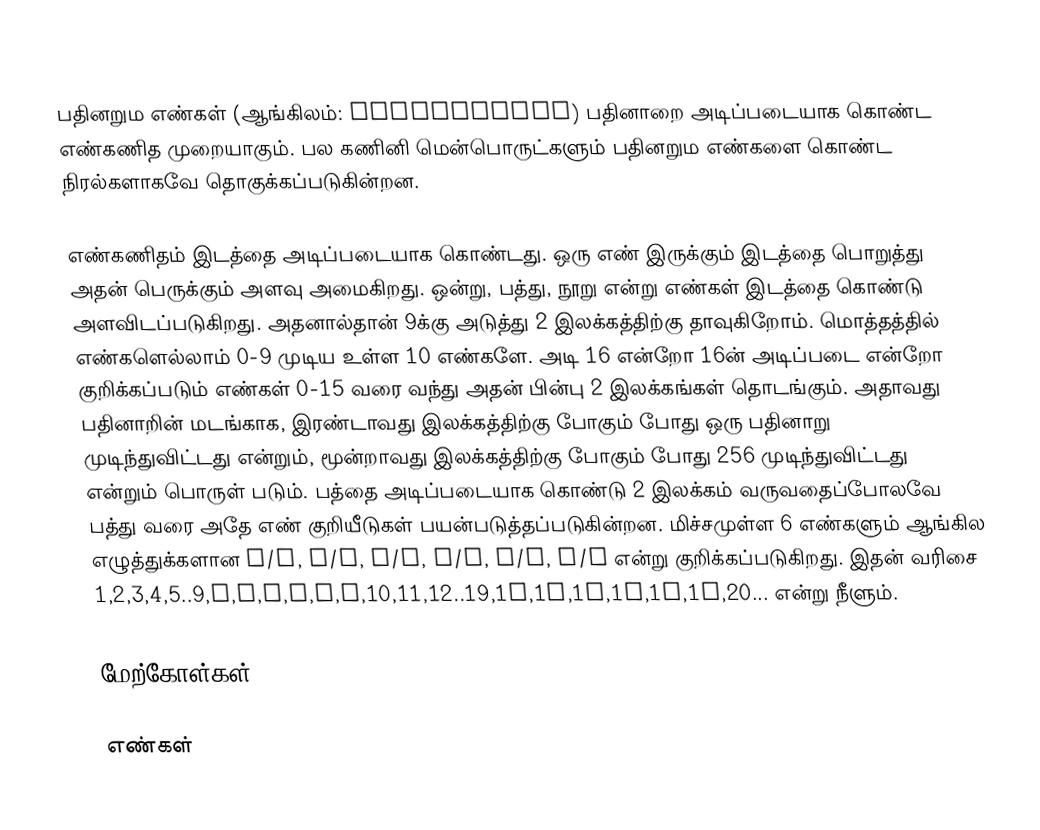
பதினறும எண்கள் (ஆங்கிலம்: Hexadecimal) பதினாறை அடிப்படையாக கொண்ட எண்கணித முறையாகும். பல கணினி மென்பொருட்களும் பதினறும எண்களை கொண்ட நிரல்களாகவே தொகுக்கப்படுகின்றன.

எண்கணிதம் இடத்தை அடிப்படையாக கொண்டது. ஒரு எண் இருக்கும் இடத்தை பொறுத்து அதன் பெருக்கும் அளவு அமைகிறது. ஒன்று, பத்து, நூறு என்று எண்கள் இடத்தை கொண்டு அளவிடப்படுகிறது. அதனால்தான் 9க்கு அடுத்து 2 இலக்கத்திற்கு தாவுகிறோம். மொத்தத்தில் எண்களெல்லாம் 0-9 முடிய உள்ள 10 எண்களே. அடி 16 என்றோ 16ன் அடிப்படை என்றோ குறிக்கப்படும் எண்கள் 0-15 வரை வந்து அதன் பின்பு 2 இலக்கங்கள் தொடங்கும். அதாவது பதினாறின் மடங்காக, இரண்டாவது இலக்கத்திற்கு போகும் போது ஒரு பதினாறு முடிந்துவிட்டது என்றும், மூன்றாவது இலக்கத்திற்கு போகும் போது 256 முடிந்துவிட்டது என்றும் பொருள் படும். பத்தை அடிப்படையாக கொண்டு 2 இலக்கம் வருவதைப்போலவே பத்து வரை அதே எண் குறியீடுகள் பயன்படுத்தப்படுகின்றன. மிச்சமுள்ள 6 எண்களும் ஆங்கில எழுத்துக்களான A/a, B/b, C/c, D/d, E/e, F/f என்று குறிக்கப்படுகிறது. இதன் வரிசை 1,2,3,4,5..9,a,b,c,d,e,f,10,11,12..19,1a,1b,1c,1d,1e,1f,20... என்று நீளும்.

மேற்கோள்கள்

எண்கள்